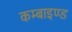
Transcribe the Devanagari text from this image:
कम्बाइण्ड